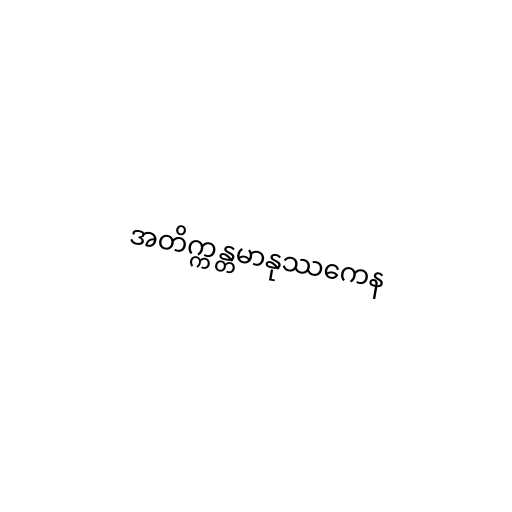
အတိက္ကန္တမာနုဿကေန